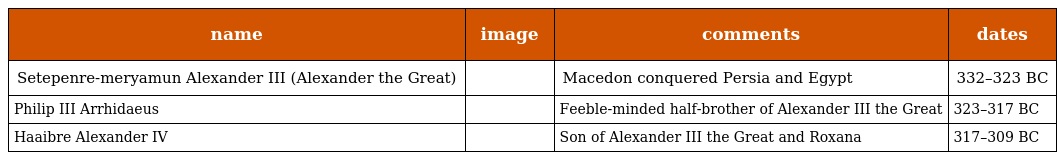
| name | image | comments | dates |
 | --- | --- | --- | --- |
 | Setepenre-meryamun Alexander III (Alexander the Great) |  | Macedon conquered Persia and Egypt | 332–323 BC |
 | Philip III Arrhidaeus |  | Feeble-minded half-brother of Alexander III the Great | 323–317 BC |
 | Haaibre Alexander IV |  | Son of Alexander III the Great and Roxana | 317–309 BC |